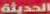
الحديثة